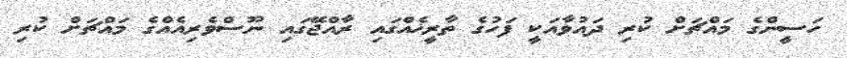
ހަސީންގެ މައްޗަށް ކުރި ދައުވާއަކީ ފަހުގެ ތާރީޚެއްގައި ރާއްޖޭގައި ނޫސްވެރިއެއްގެ މައްޗަށް ކުރި